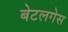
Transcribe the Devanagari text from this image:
बेटलगेस